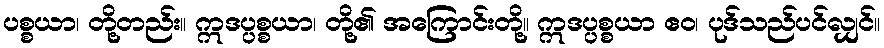
ပစ္စယာ၊ တို့တည်း။ ဣဒပ္ပစ္စယာ၊ တို့၏ အကြောင်းတို့။ ဣဒပ္ပစ္စယာ ဧဝ၊ ပုဒ်သည်ပင်လျှင်။